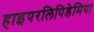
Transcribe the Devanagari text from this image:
हाइपरलिपिडेमिया